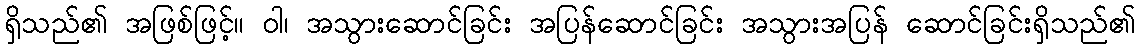
ရှိသည်၏ အဖြစ်ဖြင့်။ ဝါ၊ အသွားဆောင်ခြင်း အပြန်ဆောင်ခြင်း အသွားအပြန် ဆောင်ခြင်းရှိသည်၏